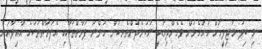
މި ބިލު މަޖިލީހަށް ހުށަހެޅުން ވެގެންދިޔައީ ނުކުޅެދުންތެރިކަން ހުންނަ ފަރާތްތަކާއި އެފަރާތްތަކުގެ އާއިލާއަށް